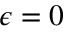
\epsilon = 0